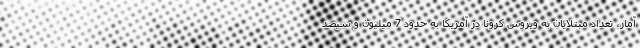
آمار، تعداد مبتلایان به ویروس کرونا در آمریکا به حدود 7 میلیون و سیصد